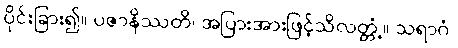
ပိုင်းခြား၍။ ပဇာနိဿတိ၊ အပြားအားဖြင့်သိလတ္တံ့။ သရာဂံ၊